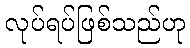
လုပ်ရပ်ဖြစ်သည်ဟု